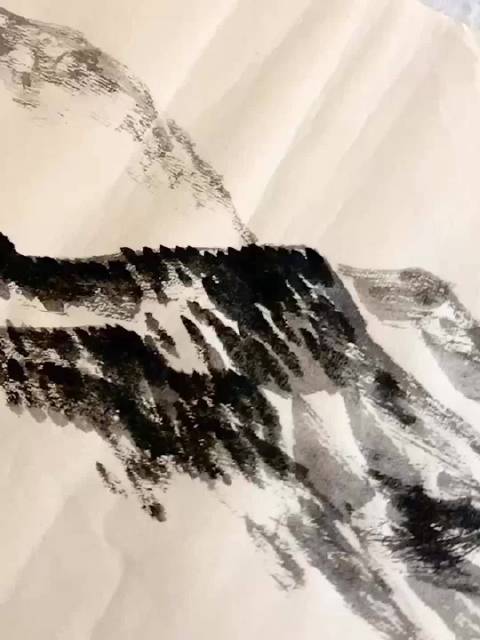
人学始知道，不学非自然。